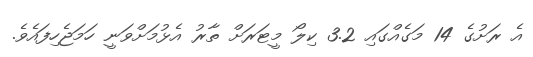
އެ ރަށުގެ 14 މަގެއްގައި 3.2 ކިލޯ މީޓަރަށް ތާރު އެޅުމަށްވަނީ ހަމަޖެހިފައެވެ.